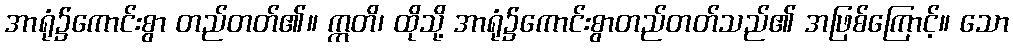
အာရုံ၌ကောင်းစွာ တည်တတ်၏။ ဣတိ၊ ထိုသို့ အာရုံ၌ကောင်းစွာတည်တတ်သည်၏ အဖြစ်ကြောင့်။ သော